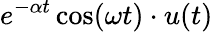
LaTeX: e^{-\alpha t}\cos(\omega t)\cdot u(t)